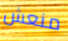
منعش